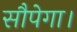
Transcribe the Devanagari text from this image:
सौपेगा।